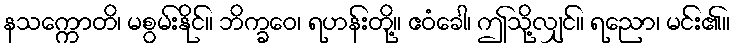
နသက္ကောတိ၊ မစွမ်းနိုင်။ ဘိက္ခဝေ၊ ရဟန်းတို့။ ဧဝံခေါ၊ ဤသို့လျှင်။ ရညော၊ မင်း၏။